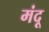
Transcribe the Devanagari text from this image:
मंदू